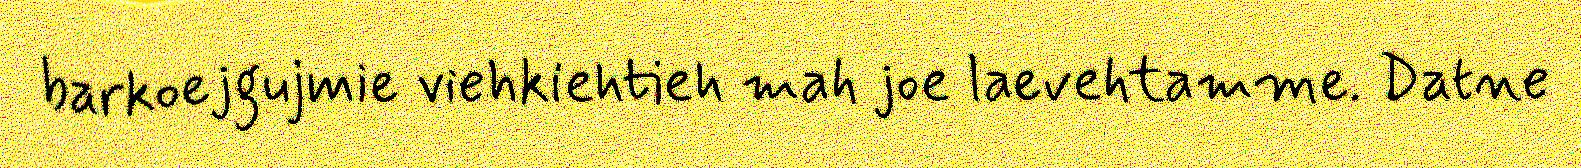
barkoejgujmie viehkiehtieh mah joe laevehtamme. Datne